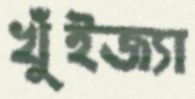
খুঁইজ্যা